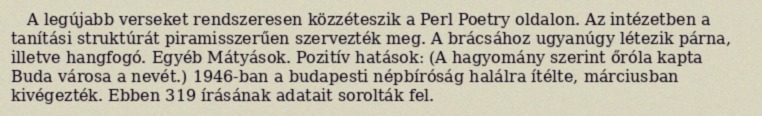
A legújabb verseket rendszeresen közzéteszik a Perl Poetry oldalon. Az intézetben a tanítási struktúrát piramisszerűen szervezték meg. A brácsához ugyanúgy létezik párna, illetve hangfogó. Egyéb Mátyások. Pozitív hatások: (A hagyomány szerint őróla kapta Buda városa a nevét.) 1946-ban a budapesti népbíróság halálra ítélte, márciusban kivégezték. Ebben 319 írásának adatait sorolták fel.